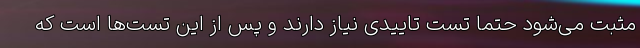
مثبت می‌شود حتما تست‌ تاییدی نیاز دارند و پس از این تست‌ها است که